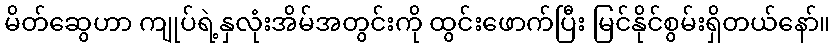
မိတ်ဆွေဟာ ကျုပ်ရဲ့နှလုံးအိမ်အတွင်းကို ထွင်းဖောက်ပြီး မြင်နိုင်စွမ်းရှိတယ်နော်။